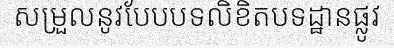
សម្រួលនូវបែបបទលិខិតបទដ្ឋានផ្លូវ